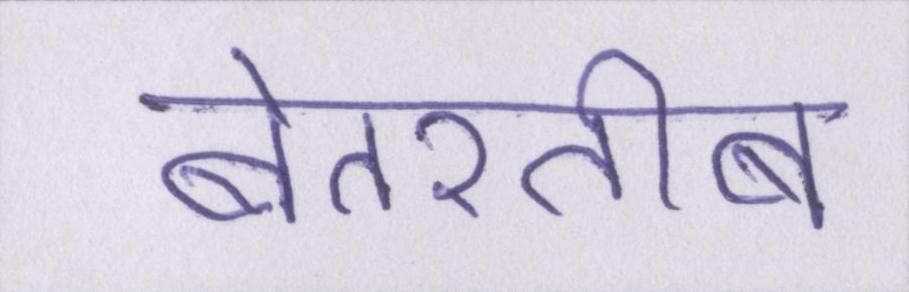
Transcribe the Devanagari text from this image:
बेतरतीब